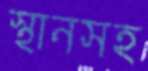
স্থানসহ